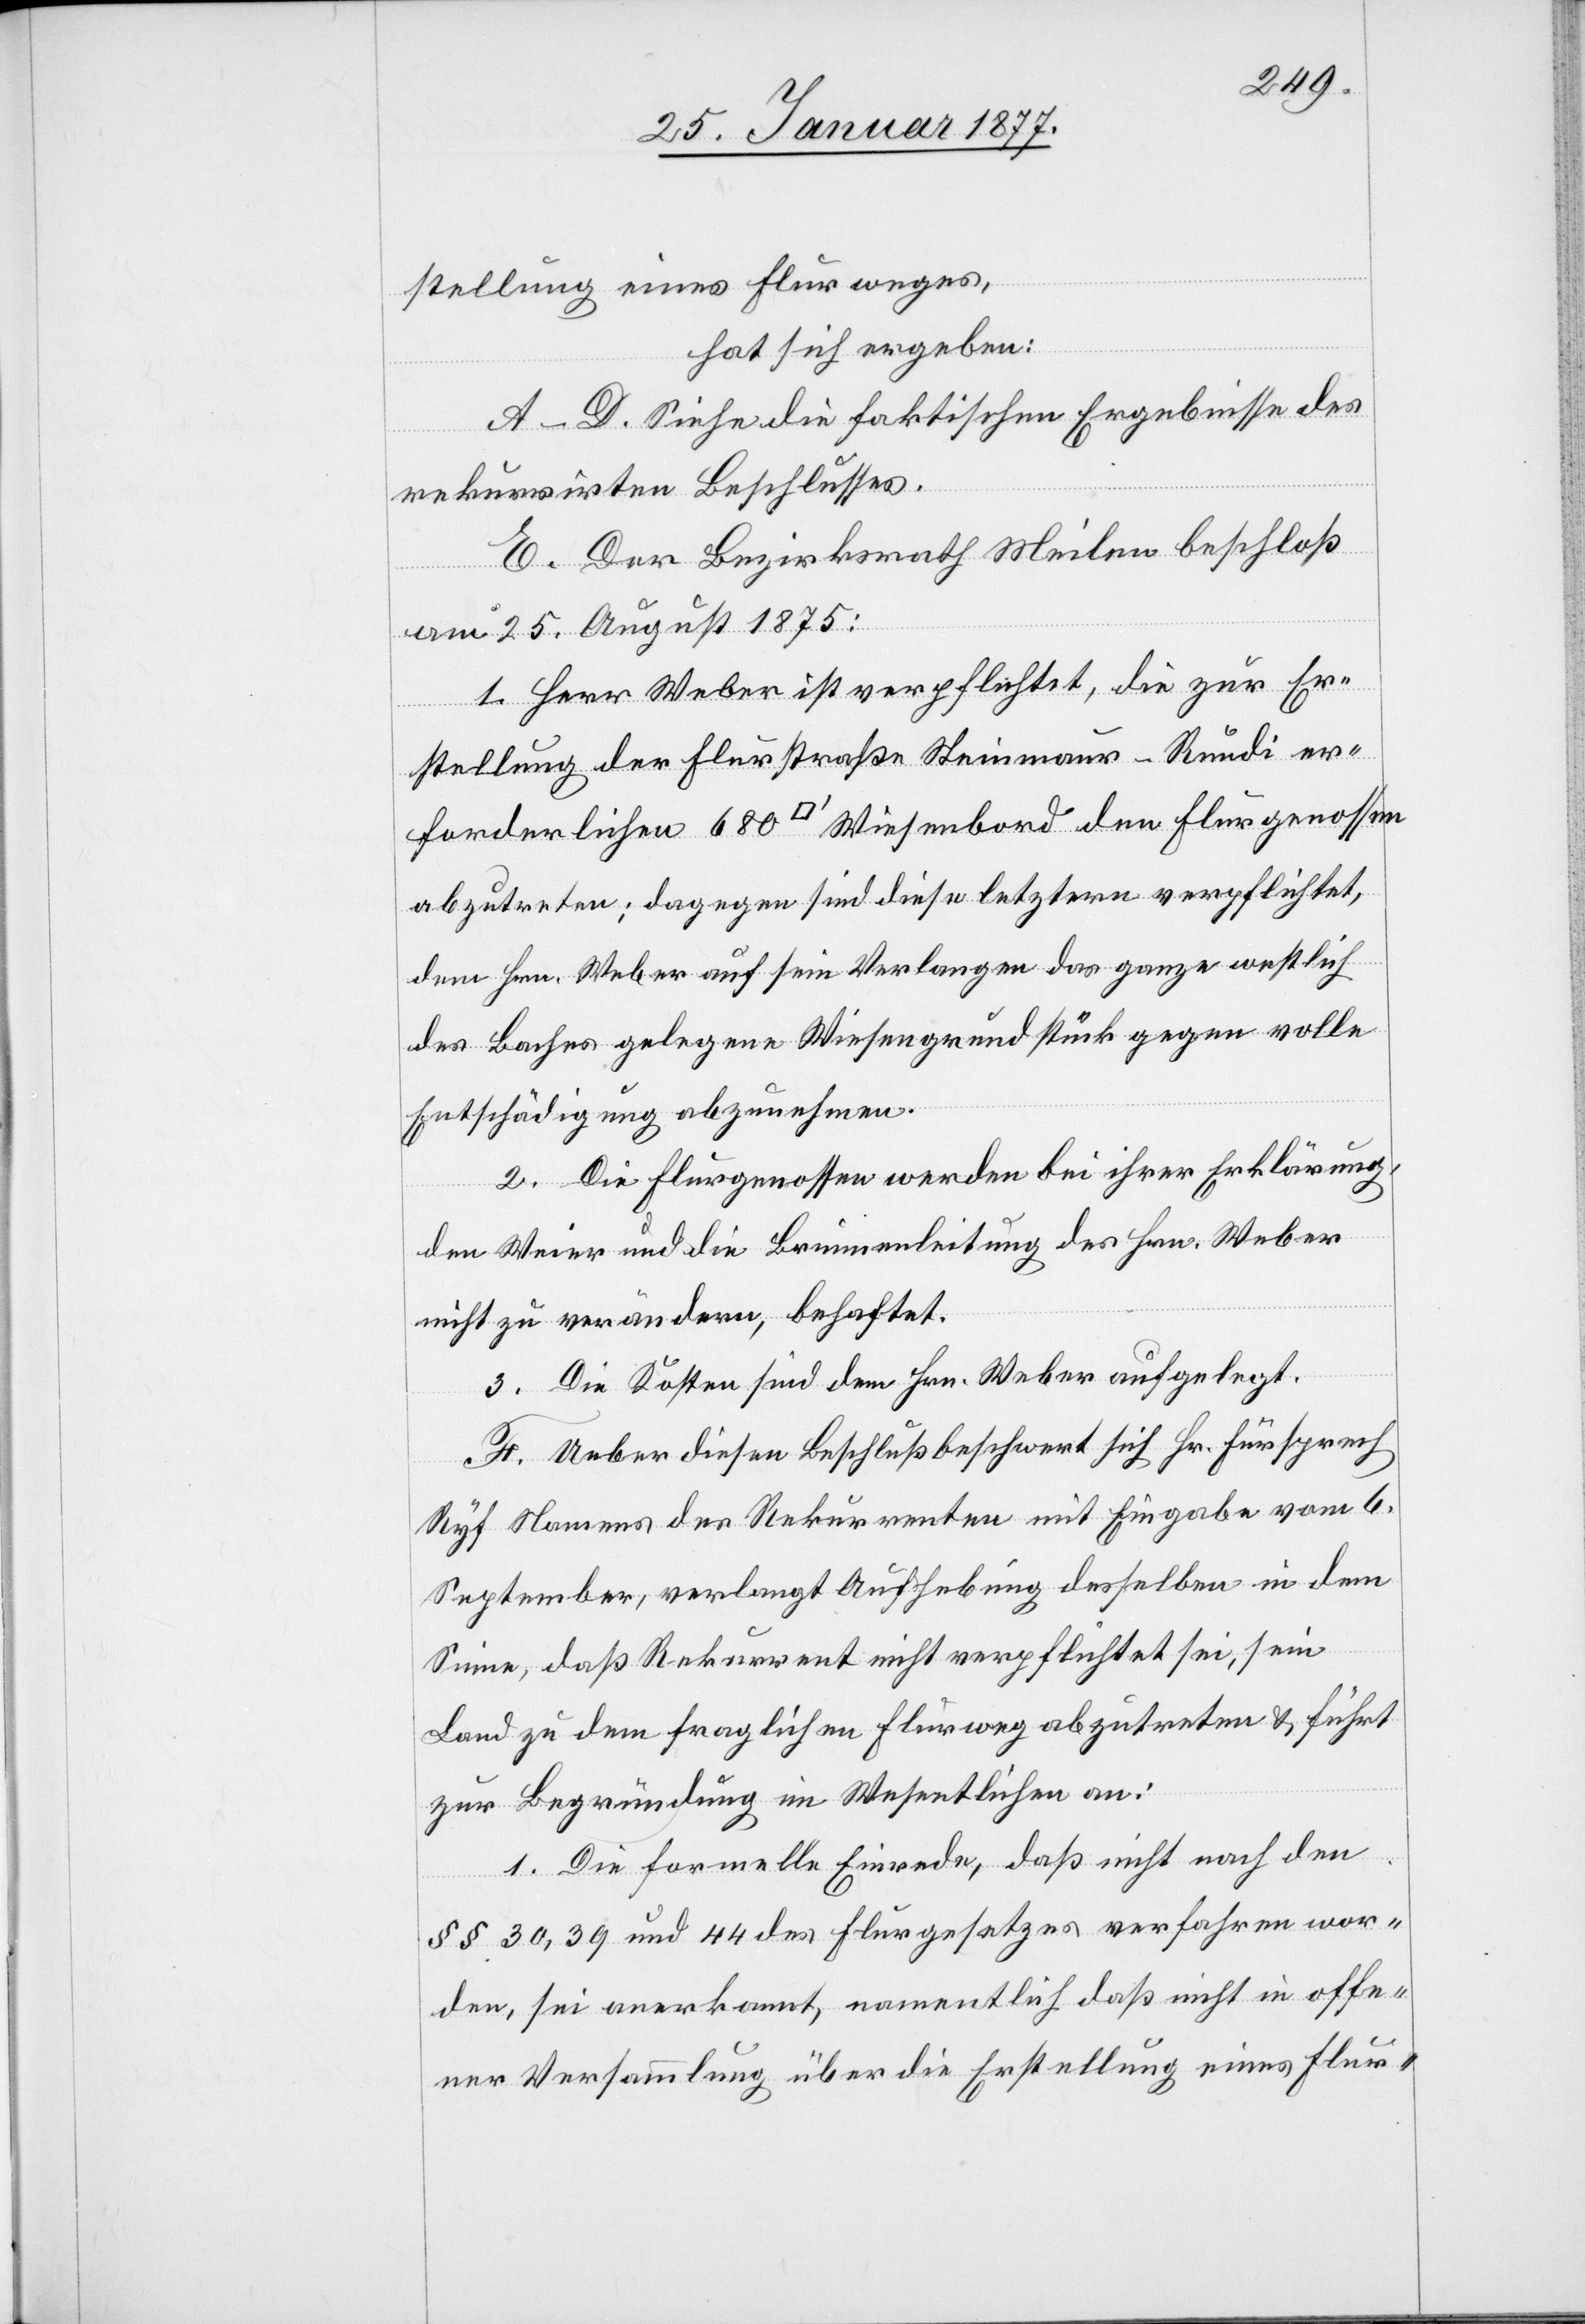
stellung eines Flurweges,
hat sich ergeben:
A–D. Siehe die faktischen Ergebnisse des
rekurrirten Beschlusses.
E. Der Bezirksrath Meilen beschloß
am 25. August 1875:
1. Herr Weber ist verpflichtet, die zur Er¬
stellung der Flurstraße Steinmaur–Rundi er¬
forderlichen 680 [Quadratfuss] Wiesenbord den Flurgenossen
abzutreten; dagegen sind diese letztern verpflichtet,
dem Hrn. Weber auf sein Verlangen das ganze westlich
des Baches gelegene Wiesengrundstück gegen volle
Entschädigung abzurechnen.
2. Die Flurgenossen werden bei ihrer Erklärung,
den Weier und die Brunnenleitung des Hrn. Weber
nicht zu verändern, behaftet.
3. Die Kosten sind dem Hrn. Weber auferlegt.
F. Ueber diesen Beschluß beschwert sich Hr. Fürsprech
Ryf Namens des Rekurrenten mit Eingabe vom 6.
September, verlangt Aufhebung desselben in dem
Sinne, daß Rekurrent nicht verpflichtet sei, sein
Land zu dem fraglichen Flurweg abzutreten & führt
zur Begründung im Wesentlichen an:
1. Die formelle Einrede, daß nicht nach den
§§ 30, 39 und 44 des Flurgesetzes verfahren wor¬
den, sei anerkannt, namentlich daß nicht in offe¬
ner Versammlung über die Erstellung eines Flur-